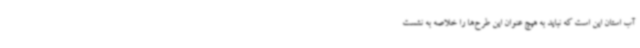
آب استان این است که نباید به هیچ عنوان این طرح‌ها را خلاصه به نشست